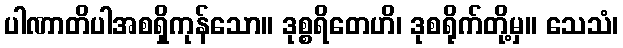
ပါဏာတိပါအစရှိကုန်သော။ ဒုစ္စရိတေဟိ၊ ဒုစရိုက်တို့မှ။ သေသံ၊